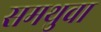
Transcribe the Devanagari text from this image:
समथुवा